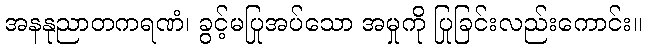
အနနုညာတကရဏံ၊ ခွင့်မပြုအပ်သော အမှုကို ပြုခြင်းလည်းကောင်း။